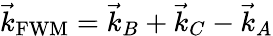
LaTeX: \vec{k}_{\mathrm{FWM}}=\vec{k}_{B}+\vec{k}_{C}-\vec{k}_{A}